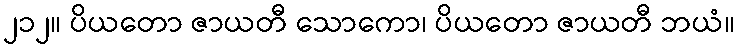
၂၁၂။ ပိယတော ဇာယတီ သောကော၊ ပိယတော ဇာယတီ ဘယံ။